Civil Veterinary Department Bihar reports 1940-50 - 1940-1950
Year: 1940
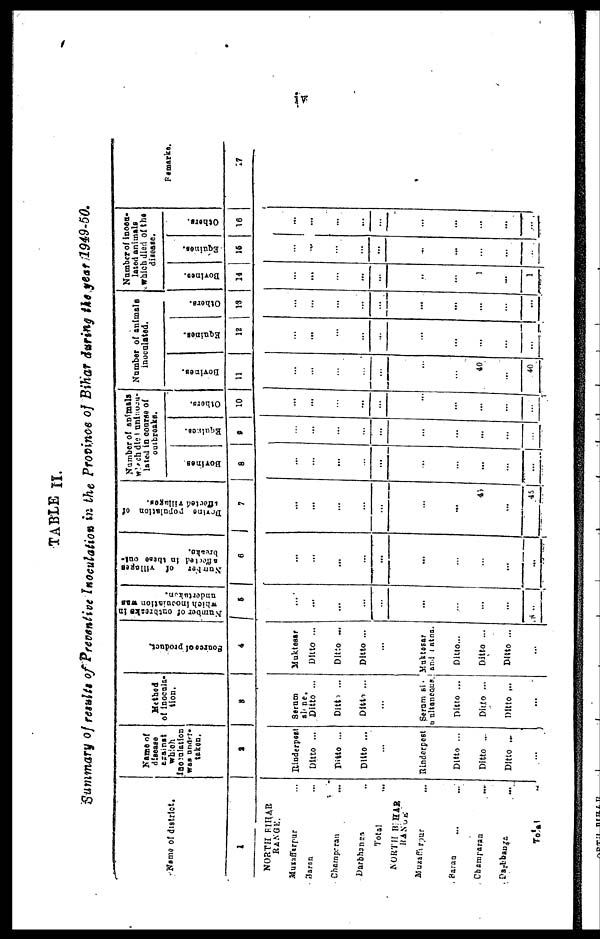
iv
TABLE II.
Summary of results of Preventive Inoculation in the Province of Bihar during He year 1949-50.
Name of district.
1
NORTH BIHAR
RANGE.
Muzafferpur ...
Saran ...
Champaran ...
Darbhanga ...
Total ...
NORTH BIHAR
RANGE
Muzaffirpur ...
Saran ... ...
Champaran ...
Darbhanga ...
Total ...
Name of
disease
against
which
inoculation
was under-
taken.
2
Rinderpest
Ditto ...
Ditto ...
Ditto ...
...
Rinderpest
Ditto ...
Ditto ...
Ditto ...
...
Method
of inocula-
tion.
3
Serum
alone.
Ditto ...
Ditto ...
Ditto ...
...
Serum si-
unltancous.
Ditto ...
Ditto ...
Ditto ...
...
Source of product.
4
Muktesar
Ditto ...
Ditto ...
Ditto ...
...
Muktesar
and Satna.
Ditto...
Ditto ...
Ditto ...
...
Number
of outbreaks in
which inocuiation was
undertaken.
5
...
...
...
...
...
...
...
...
...
...
Number
of villages
affected in these out-
breaks.
6
...
...
...
...
...
...
...
...
...
...
Bovine
population of
7
...
...
...
...
...
...
...
45
...
45
Number of animals
which died uninocu-
lated in course of
outbreaks.
Bovines
8
...
...
...
...
...
...
...
...
...
...
Equines.
9
|
...
...
...
...
...
...
...
...
...
...
Others.
10
...
...
...
...
...
...
...
...
...
...
Number of animals
inoculated.
Borines.
11
...
...
...
....
...
...
...
40
...
40
Equines.
12
...
...
...
...
...
...
...
...
...
...
Others.
13
...
...
...
...
...
...
...
...
...
...
Number of incou-
lated animals
which died of the
disease.
Bovines.
14
...
...
...
...
...
...
...
1
...
1
Equines.
15
...
...
...
...
...
...
...
...
...
...
Others.
16
...
...
...
...
...
...
...
...
...
...
Remarks.
17